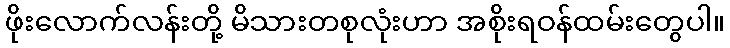
ဖိုးလောက်လန်းတို့ မိသားတစုလုံးဟာ အစိုးရဝန်ထမ်းတွေပါ။